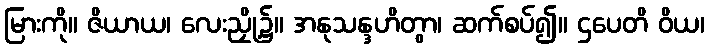
မြားကို။ ဇိယာယ၊ လေးညှို့၌။ အနုသန္ဒဟိတွာ၊ ဆက်စပ်၍။ ဌပေတိ ဝိယ၊